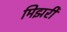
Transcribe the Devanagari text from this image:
मिझरी